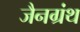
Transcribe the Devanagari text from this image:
जैनग्रंथ